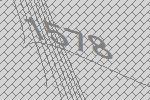
1578